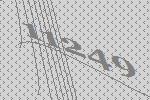
11249